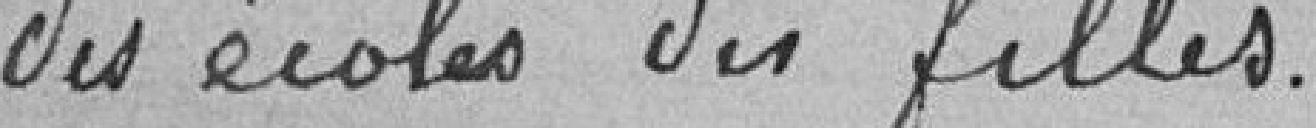
des écoles de filles